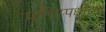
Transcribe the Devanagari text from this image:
प्रतिस्पर्धींच्या